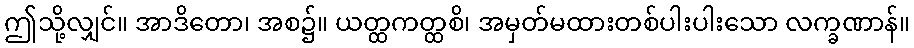
ဤသို့လျှင်။ အာဒိတော၊ အစ၌။ ယတ္ထကတ္ထစိ၊ အမှတ်မထားတစ်ပါးပါးသော လက္ခဏာန်။